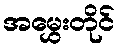
အမွှေးတိုင်